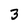
Character: 3